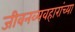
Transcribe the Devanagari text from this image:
जीवनव्यवहारांच्या